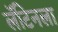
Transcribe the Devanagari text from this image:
लॅटिनला